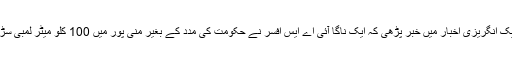
کچھ دن قبل ایک انگریزی اخبار میں خبر پڑھی کہ ایک ناگا آئی اے ایس افسر نے حکومت کی مدد کے بغیر منی پور میں 100 کلو میٹر لمبی سڑک بنائی ہے۔